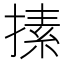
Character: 㨞